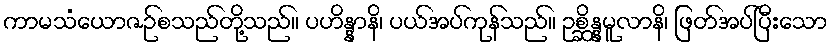
ကာမသံယောဇဉ်စသည်တို့သည်။ ပဟိန္နာနိ၊ ပယ်အပ်ကုန်သည်။ ဥစ္ဆိန္နမူလာနိ၊ ဖြတ်အပ်ပြီးသော